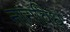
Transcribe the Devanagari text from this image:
नानविध